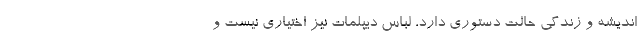
اندیشه و زندگی حالت دستوری دارد، لباس دیپلمات نیز اختیاری نیست و